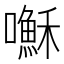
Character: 𫬥